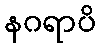
နဂရာပိ